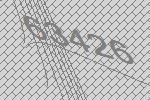
63426